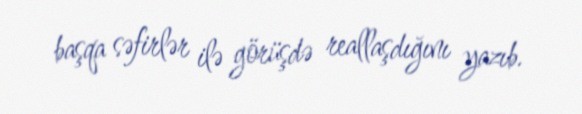
başqa səfirlər ilə görüşdə reallaşdığını yazıb.